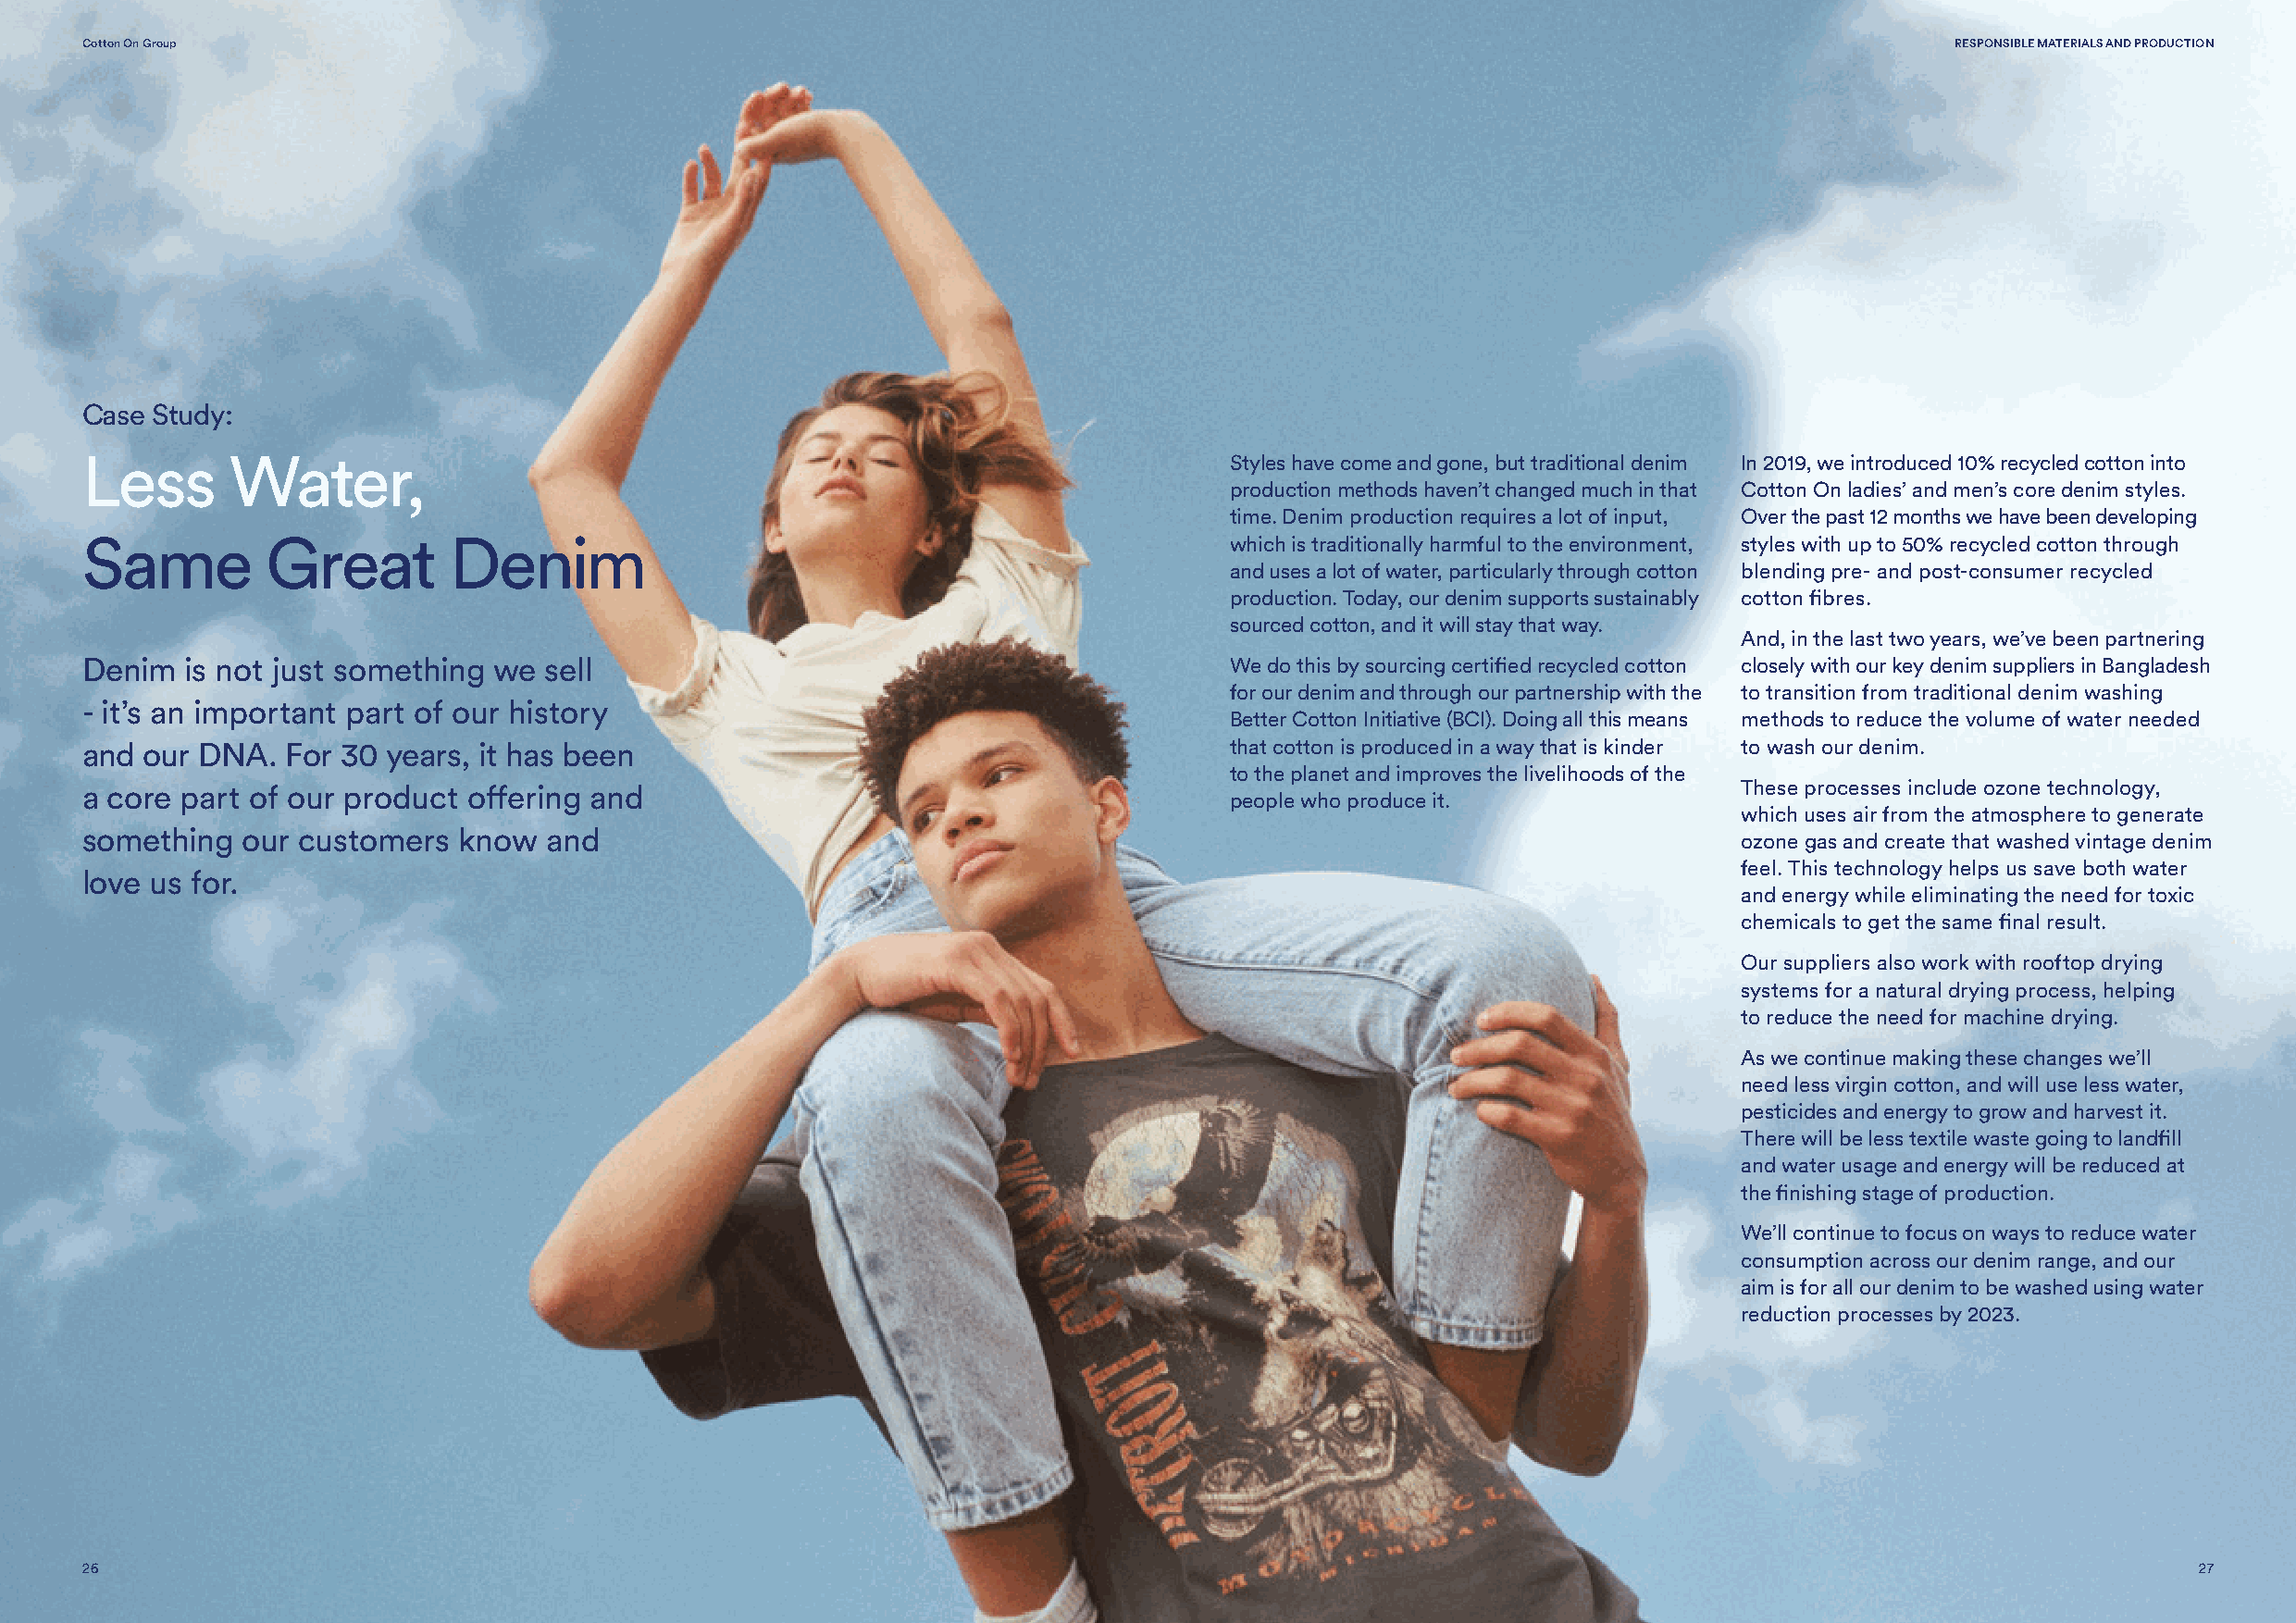
Cotton On Group                                                                                                                       RESPONSIBLE MATERIALS AND PRODUCTION
 Case Study:
 Less      Water,                                                                  Styles have come and gone, but traditional denim In 2019, we introduced 10% recycled cotton into
 production methods haven’t changed much in that Cotton On ladies’ and men’s core denim styles.
 time. Denim production requires a lot of input, Over the past 12 months we have been developing
 Same         Great        Denim                                                   which is traditionally harmful to the environment, styles with up to 50% recycled cotton through
 and uses a lot of water, particularly through cotton blending pre- and post-consumer recycled
 production. Today, our denim supports sustainably cotton fibres.
 sourced cotton, and it will stay that way.
 And, in the last two years, we’ve been partnering
 Denim  is not just something we  sell                                             We do this by sourcing certified recycled cotton closely with our key denim suppliers in Bangladesh
 for our denim and through our partnership with the to transition from traditional denim washing
 - it’s an important part of our history
 Better Cotton Initiative (BCI). Doing all this means methods to reduce the volume of water needed
 and our DNA.  For 30  years, it has been                                          that cotton is produced in a way that is kinder to wash our denim.
 to the planet and improves the livelihoods of the
 a core part of our product offering and                                                                                These processes include ozone technology,
 people who produce it.
 which uses air from the atmosphere to generate
 something  our customers   know  and
 ozone gas and create that washed vintage denim
 feel. This technology helps us save both water
 love us for.
 and energy while eliminating the need for toxic
 chemicals to get the same final result.
 Our suppliers also work with rooftop drying
 systems for a natural drying process, helping
 to reduce the need for machine drying.
 As we continue making these changes we’ll
 need less virgin cotton, and will use less water,
 pesticides and energy to grow and harvest it.
 There will be less textile waste going to landfill
 and water usage and energy will be reduced at
 the finishing stage of production.
 We’ll continue to focus on ways to reduce water
 consumption across our denim range, and our
 aim is for all our denim to be washed using water
 reduction processes by 2023.
 26                                                                                                                                                     27